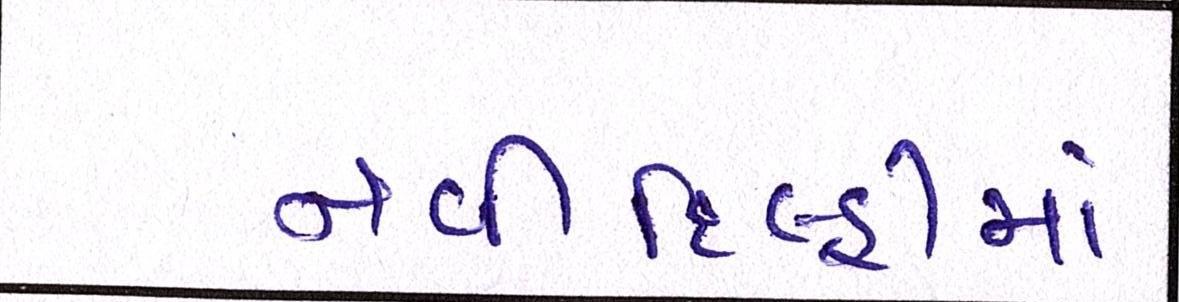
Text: નવીદિલ્હીમાં